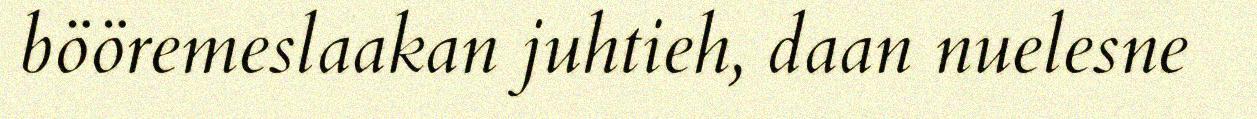
bööremeslaakan juhtieh, daan nuelesne